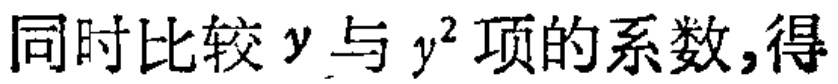
同时比较 \(y\) 与 \(y^{2}\) 项的系数,得